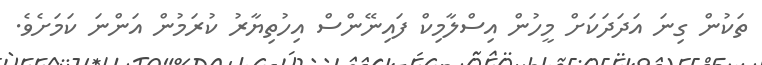
ތަކުން ގިނަ އަދަދަކަށް މީހުން އިސްލާމިކް ފައިނޭންސް އިހުތިޔާރު ކުރަމުން އަންނަ ކަމަށެވެ.